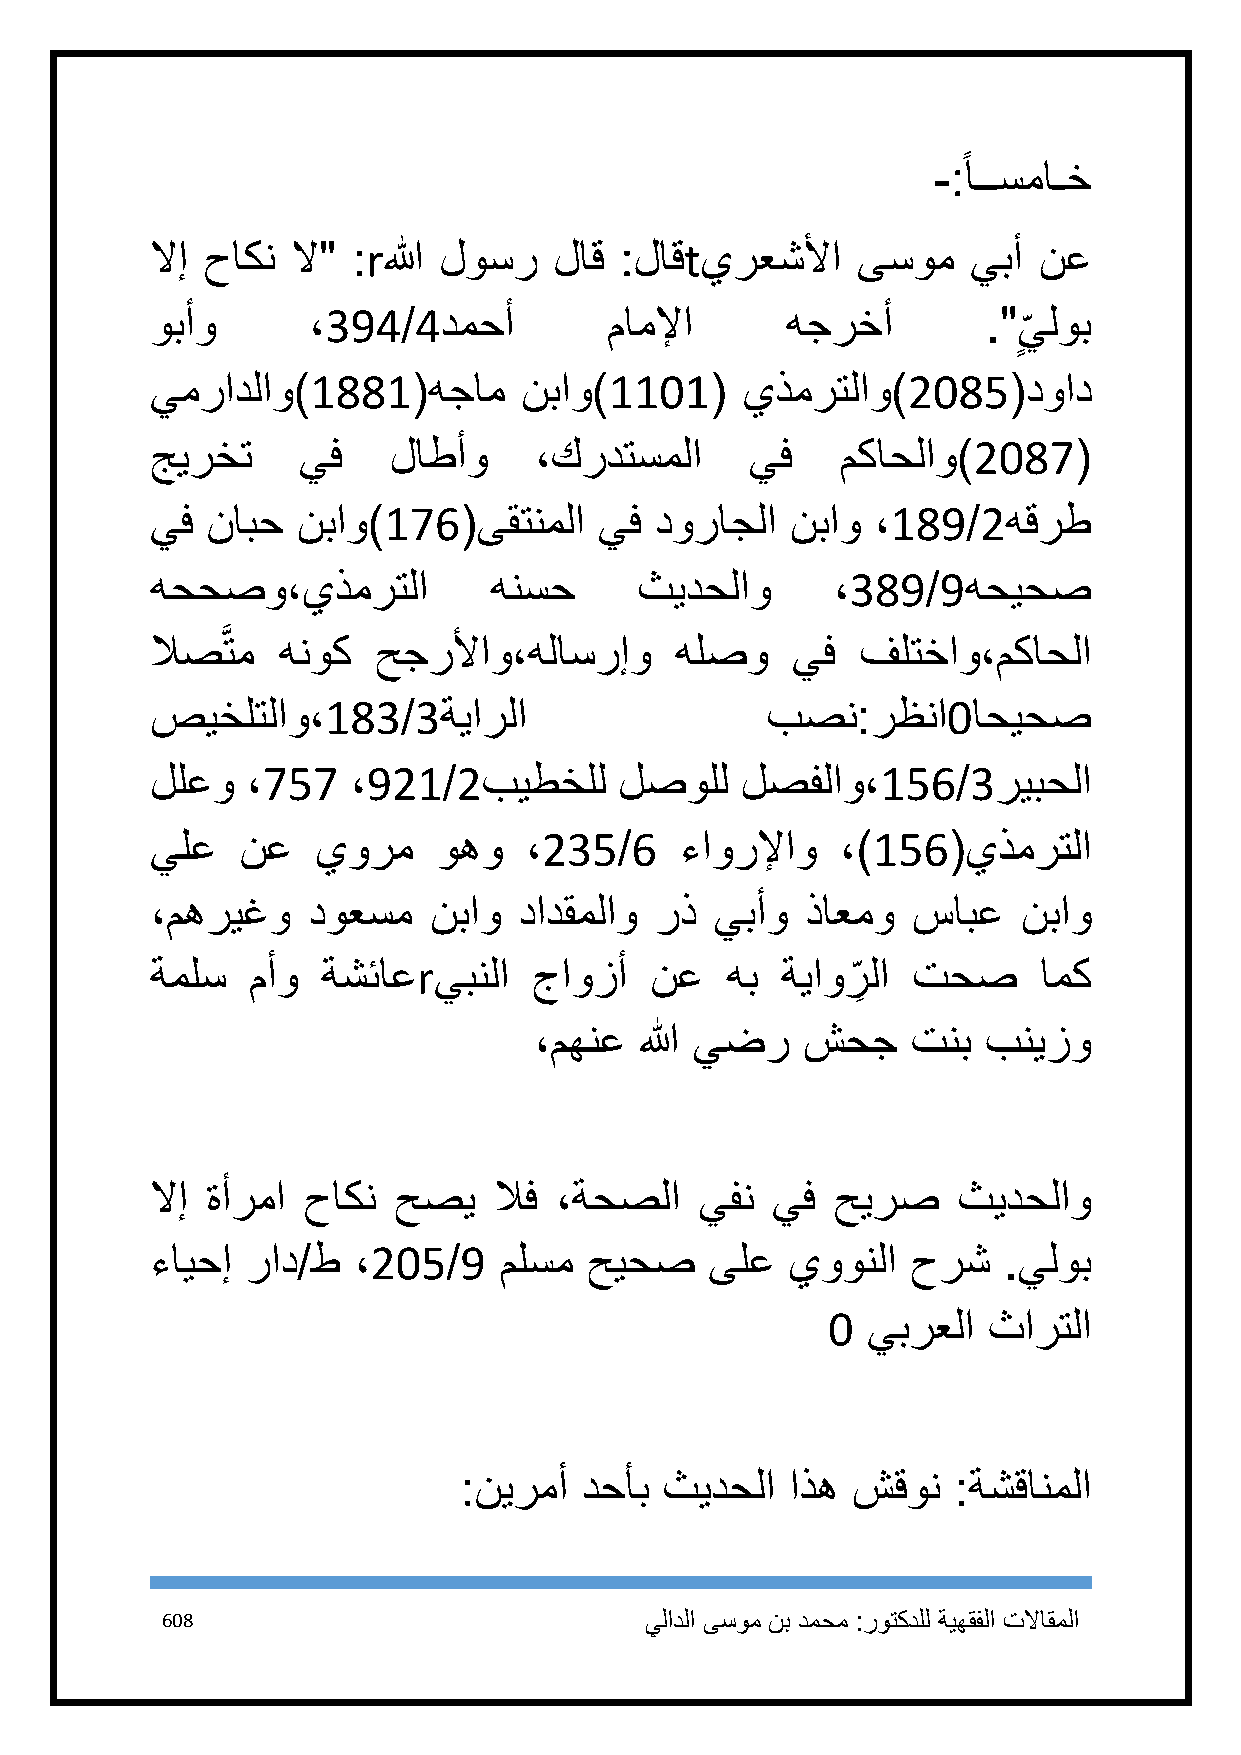
ً
 -: اــسماـخ
 لاإ حاكن لا" :rالله لوسر   لاق :لاقtيرعشلأا    ىسوم   يبأ  نع
 وبأو      ،394/4دمحأ          ماملإا      هجرخأ        ." يلوب
 ٍ
 يمرادلاو)1881(هجام       نباو)1111(    يذمرتلاو)2185(دواد
 جيرخت     يف    لاطأو    ،كردتسملا      يف    مكاحلاو)2187(
 يف  نابح  نباو)176(ىقتنملا    يف دوراجلا  نباو  ،189/2هقرط
 هححصو،يذمرتلا         هنسح      ثيدحلاو      ،389/9هحيحص
 لاصَّتم هنوك   حجرلأاو،هلاسرإو     هلصو   يف   فلتخاو،مكاحلا
 صيخلتلاو،183/3ةيارلا                     بصن:رظنا1احيحص
 للعو  ،757   ،921/2بيطخلل      لصولل   لصفلاو،156/3ريبحلا
 يلع   نع   يورم    وهو   ،235/6    ءاورلإاو   ،)156(يذمرتلا
 ،مهريغو   دوعسم   نباو  دادقملاو رذ  يبأو  ذاعمو  سابع    نباو
 ةملس  مأو  ةشئاعrيبنلا   جاوزأ   نع   هب  ةياور
 ِ
 لا تحص      امك
 ،مهنع  الله يضر   شحج    تنب  بنيزو
 لاإ ةأرما حاكن  حصي    لاف ،ةحصلا   يفن  يف  حيرص    ثيدحلاو
 ءايحإ راد/ط  ،215/9    ملسم  حيحص    ىلع  يوونلا  حرش   .يلوب
 1 يبرعلا  ثارتلا
 :نيرمأ  دحأب  ثيدحلا  اذه شقون   :ةشقانملا
 618                             يلادلا ىسوم نب دمحم :روتكدلل ةيهقفلا تلااقملا